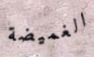
الغميضة